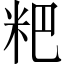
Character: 粑